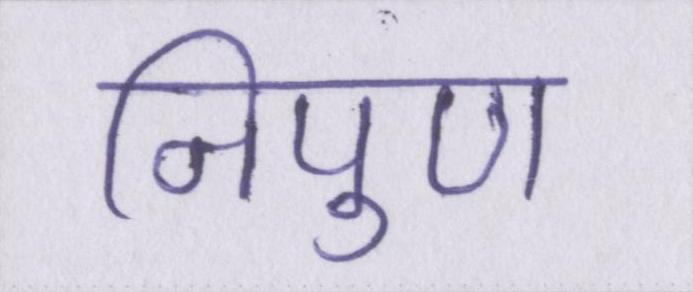
निपुण